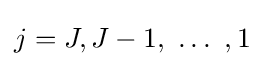
j=J,J-1,\ \ldots \ ,1